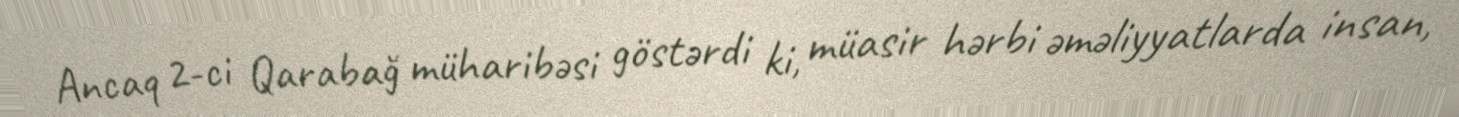
Ancaq 2-ci Qarabağ müharibəsi göstərdi ki, müasir hərbi əməliyyatlarda insan,